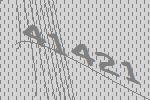
41421